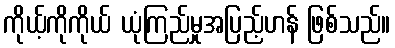
ကိုယ့်ကိုကိုယ် ယုံကြည်မှုအပြည့်ဟန် ဖြစ်သည်။